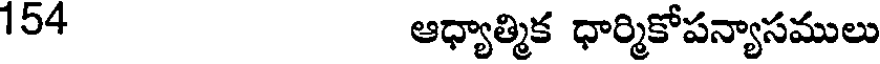
154 ఆధ్యాత్మిక ధార్మికోపన్యాసములు